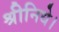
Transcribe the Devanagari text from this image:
श्रीनिधे।